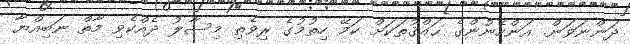
ދަންނަވަން. އަންހެނުންގެ ޙައްޤުތަކަށް ކަމޭ ހިތުމުގެ ރިވެތި މިސާލު ދެއްކެވި މާތް ނަބިއްޔާ